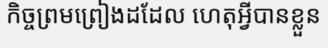
កិច្ចព្រមព្រៀងដដែល ហេតុអ្វីបានខ្លួន